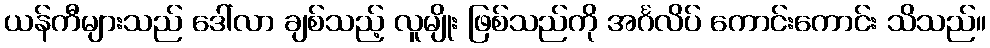
ယန်ကီများသည် ဒေါ်လာ ချစ်သည့် လူမျိုး ဖြစ်သည်ကို အင်္ဂလိပ် ကောင်းကောင်း သိသည်။